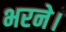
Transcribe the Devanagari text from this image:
भरने।